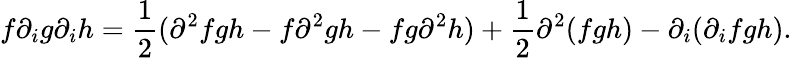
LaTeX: f\partial_{i}g\partial_{i}h=\frac{1}{2}(\partial^{2}fgh-f\partial^{2}gh-fg\partial^{2}h)+\frac{1}{2}\partial^{2}(fgh)-\partial_{i}(\partial_{i}fgh).